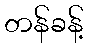
တန်ခန့်